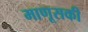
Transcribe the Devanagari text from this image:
माणूसकी